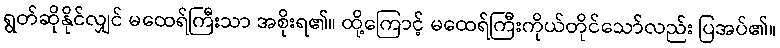
ရွတ်ဆိုနိုင်လျှင် မထေရ်ကြီးသာ အစိုးရ၏။ ထို့ကြောင့် မထေရ်ကြီးကိုယ်တိုင်သော်လည်း ပြအပ်၏။